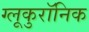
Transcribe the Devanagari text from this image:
ग्लूकुरॉनिक